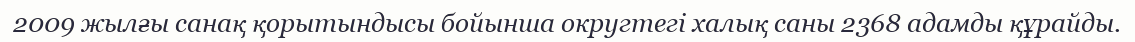
2009 жылғы санақ қорытындысы бойынша округтегі халық саны 2368 адамды құрайды.